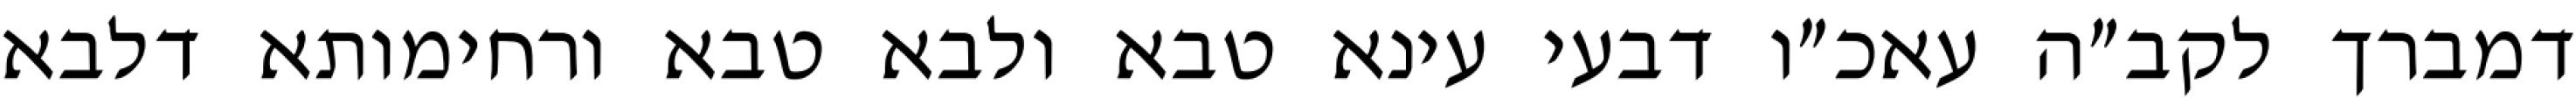
דמברך לקב״ה עאכ״ו דבעי עינא טבא ולבא טבא ורחימותא דלבא